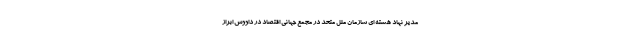
مدیر نهاد هسته ای سازمان ملل متحد در مجمع جهانی اقتصاد در داووس ابراز